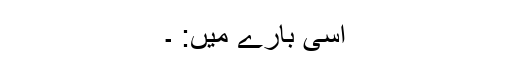
اسی بارے میں: ۔